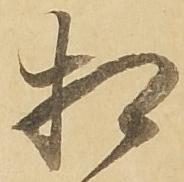
相